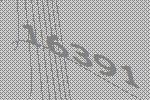
16391